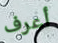
أعرف